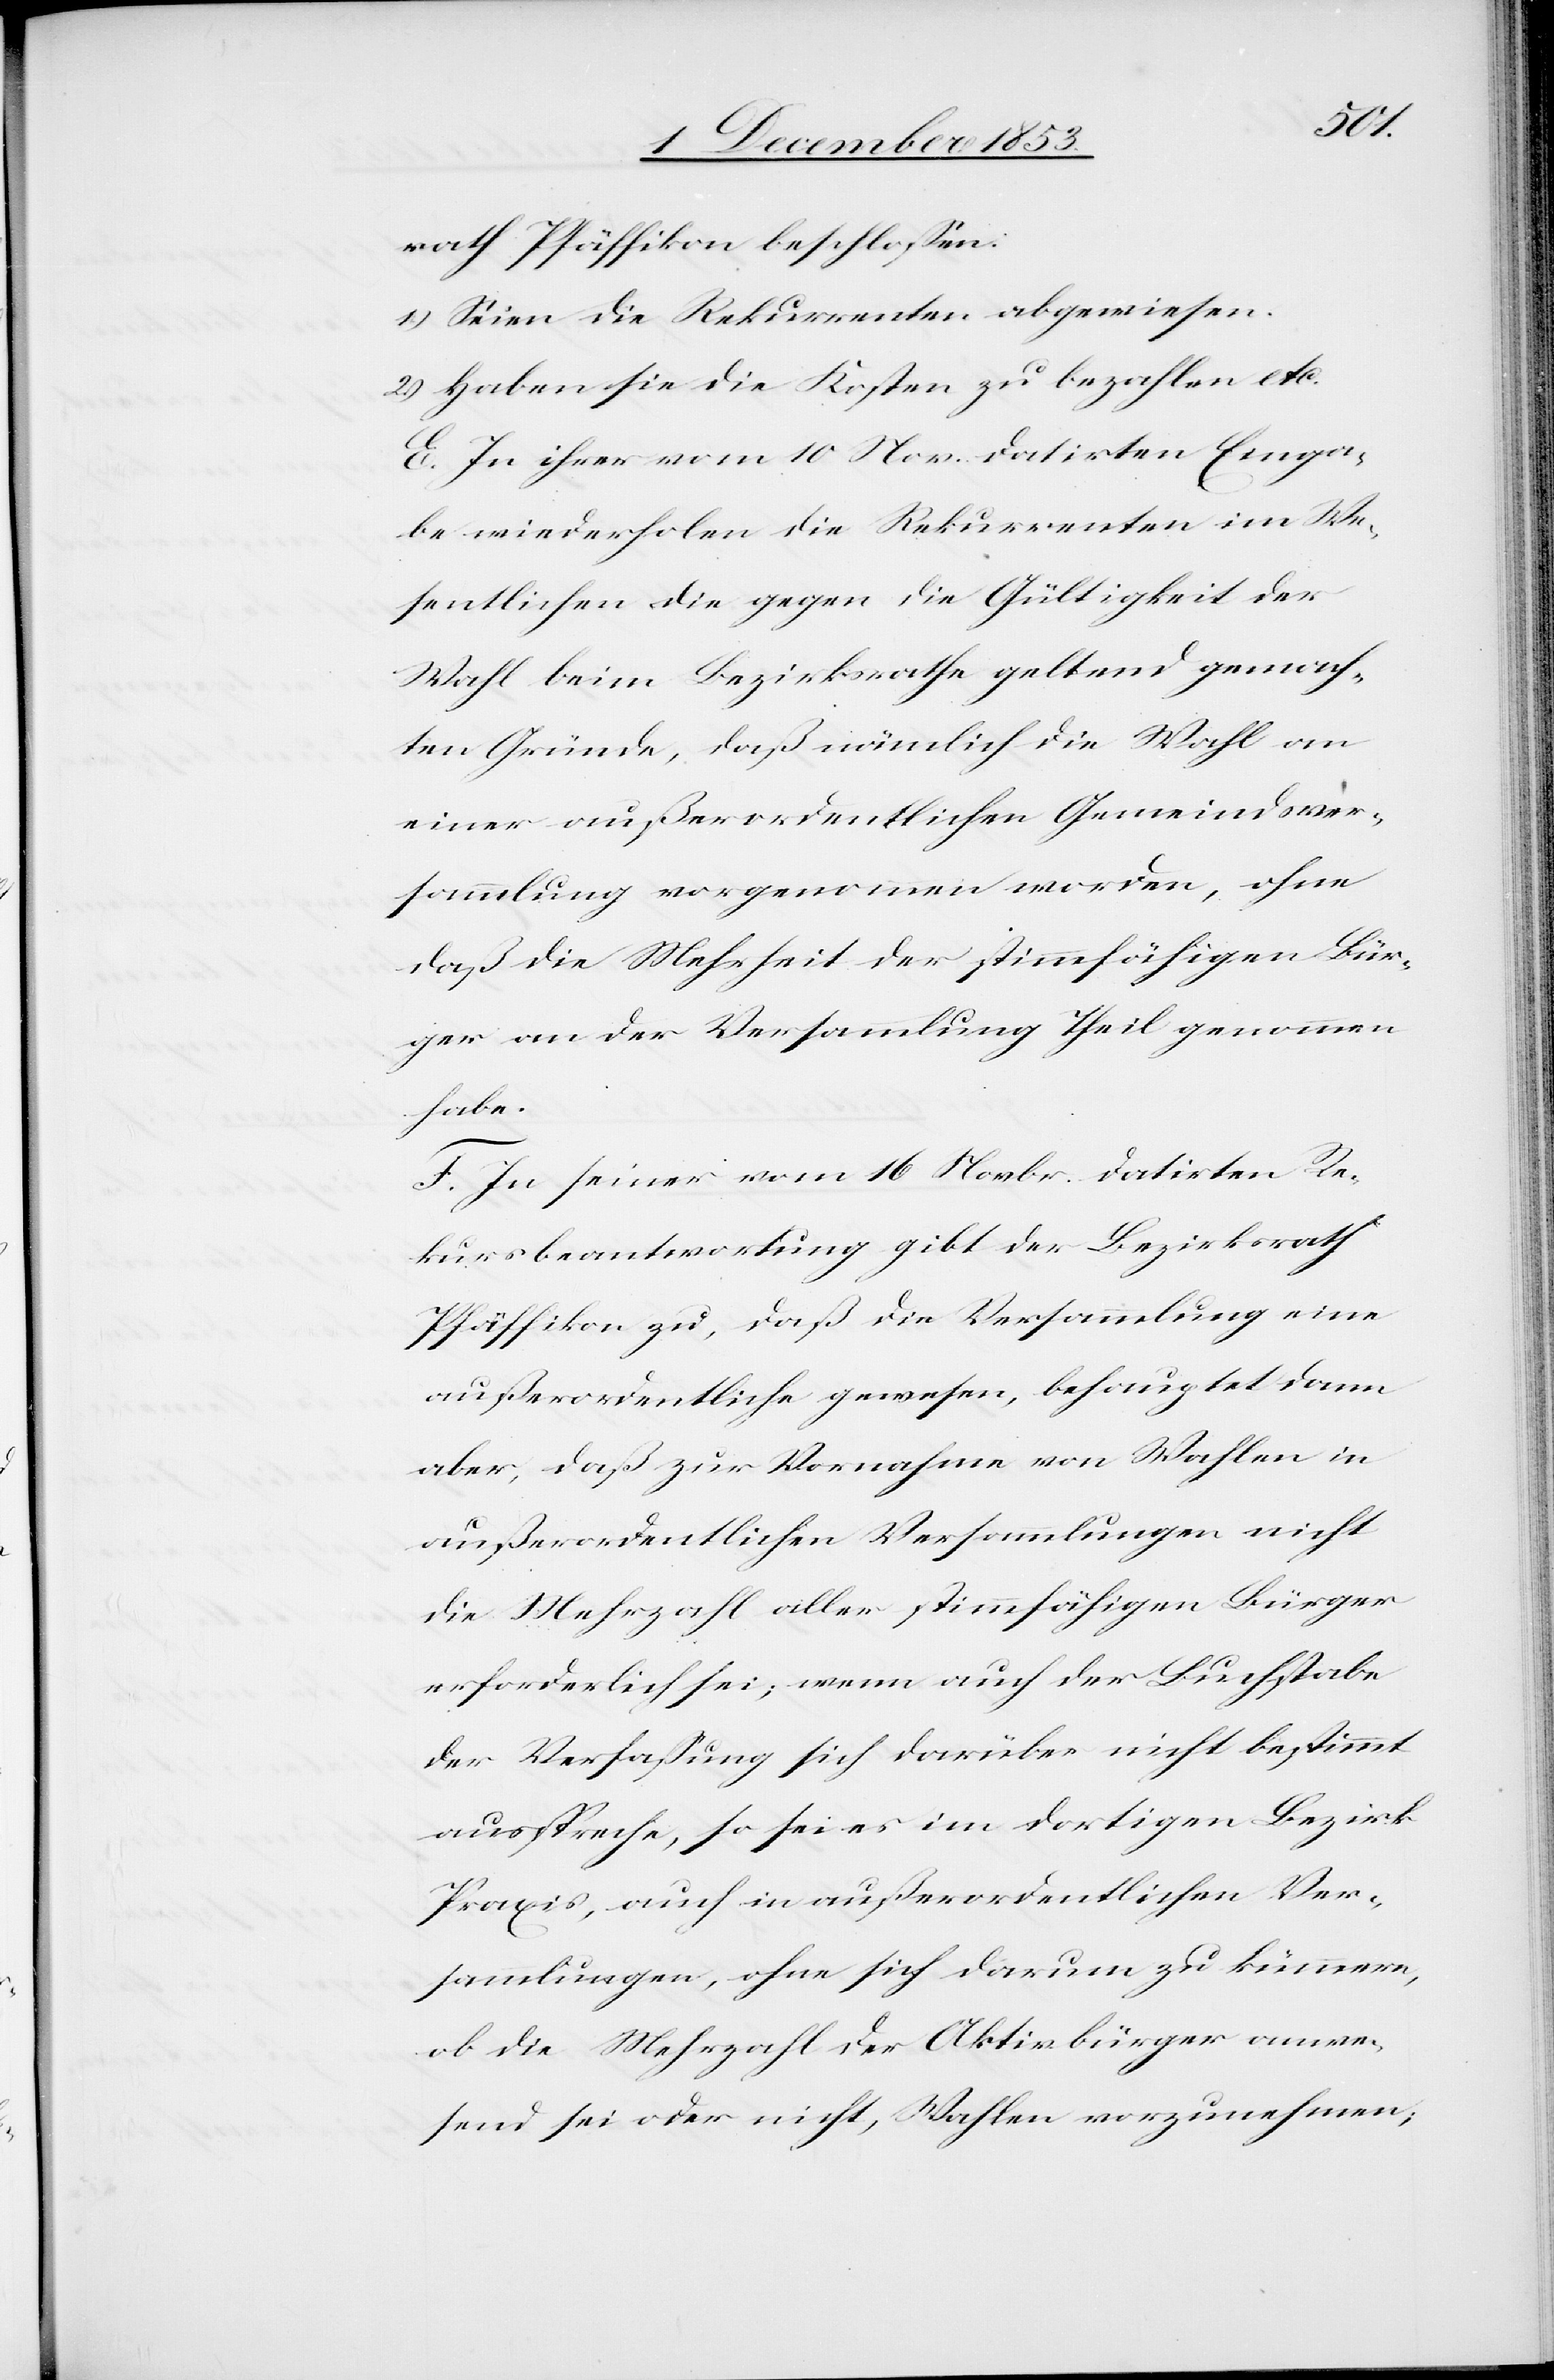
rath Pfäffikon beschloßen:
1.) Seien die Rekurrenten abgewiesen.
2.) Haben sie die Kosten zu bezahlen etc.
E. In ihrer vom 10 Mai datirten Einga¬
be wiederholen die Rekurrenten im We¬
sentlichen die gegen die Gültigkeit der
Wahl beim Bezirksrathe geltend gemach¬
ten Gründe, daß nämlich die Wahl
einer außerordentlichen Gemeindsver¬
sammlung vorgenommen worden, ohne
daß die Mehrheit der stimmfähigen Bür¬
ger an der Versammlung Theil genommen
habe.
F. In seiner vom 16 Novbr. datirten Re¬
kursbeantwortung gibt der Bezirksrath
Pfäffikon zu, daß die Versammlung eine
außerordentliche gewesen, behauptet dann
aber, daß zur Vornahme von Wahlen in
außerordentlichen Versammlungen nicht
die Mehrzahl aller stimmfähigen Bürger
erforderlich sei; wenn auch der Buchstabe
der Verfaßung sich darüber nicht bestimmt
ausspreche, so sei es im dortigen Bezirk
Praxis, auch in außerordentlichen Ver¬
sammlungen, ohne sich darum zu kümmern,
ob die Mehrzahl der Aktivbürger anwe¬
send sei oder nicht, Wahlen vorzunehmen;